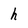
Character: h